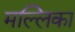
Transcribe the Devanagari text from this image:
मल्‍लिका